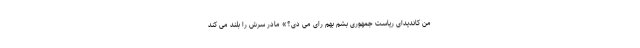
من کاندیدای ریاست جمهوری بشم بهم رای می دی؟» مادر سرش را بلند می کند